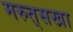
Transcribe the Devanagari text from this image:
मरुत्‌सखा